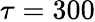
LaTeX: \tau=300